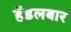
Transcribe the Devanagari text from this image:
हेंडलबार